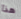
هذا